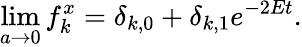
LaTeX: \operatorname*{lim}_{a\to 0}f_{k}^{x}=\delta_{k,0}+\delta_{k,1}e^{-2Et}.